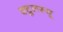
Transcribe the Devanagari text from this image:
क्टूलस्यू